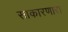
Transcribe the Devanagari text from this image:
साकारणारा